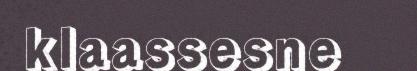
klaassesne